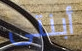
أبنتى